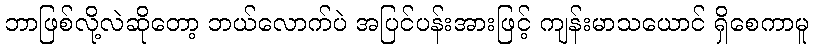
ဘာဖြစ်လို့လဲဆိုတော့ ဘယ်လောက်ပဲ အပြင်ပန်းအားဖြင့် ကျန်းမာသယောင် ရှိစေကာမူ